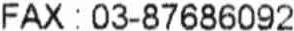
FAX : 03-87686092